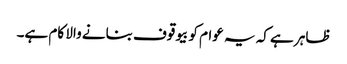
ظاہر ہے کہ یہ عوام کو بیوقوف بنانے والا کام ہے۔